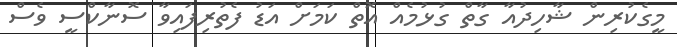
މީގެކުރިން ޝާހިދުއާ ގާތް ގުޅުމެއް އޮތް ކަމަށް އަޑު ފެތުރިފައިވާ ސޮނާކްސީ ވެސް